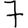
Digit: 7